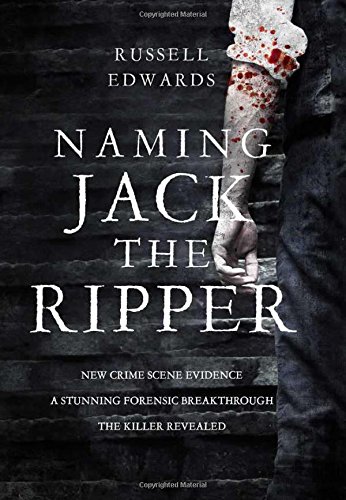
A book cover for Naming Jack the Ripper; Russell Edwards; Biographies & Memoirs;